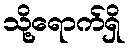
သို့ရောက်ရှိ